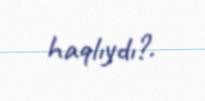
haqlıydı?.